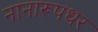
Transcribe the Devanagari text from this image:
नानारूपधर